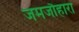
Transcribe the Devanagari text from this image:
जमजौहारा